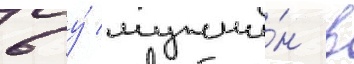
6 у́ мужчи́н в